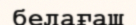
белағаш